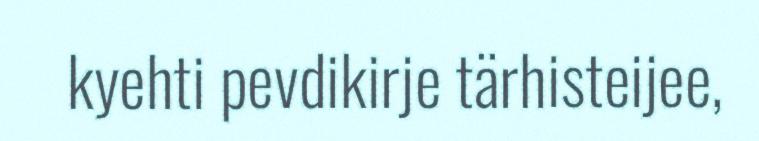
kyehti pevdikirje tärhisteijee,